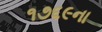
૧૭૬૯ના